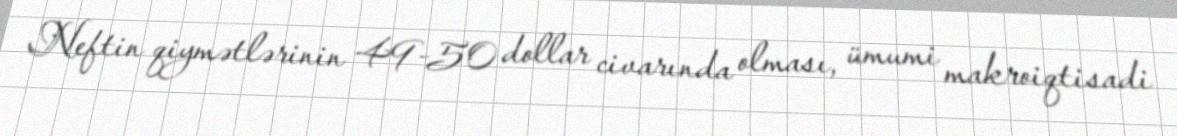
Neftin qiymətlərinin 49-50 dollar civarında olması, ümumi makroiqtisadi